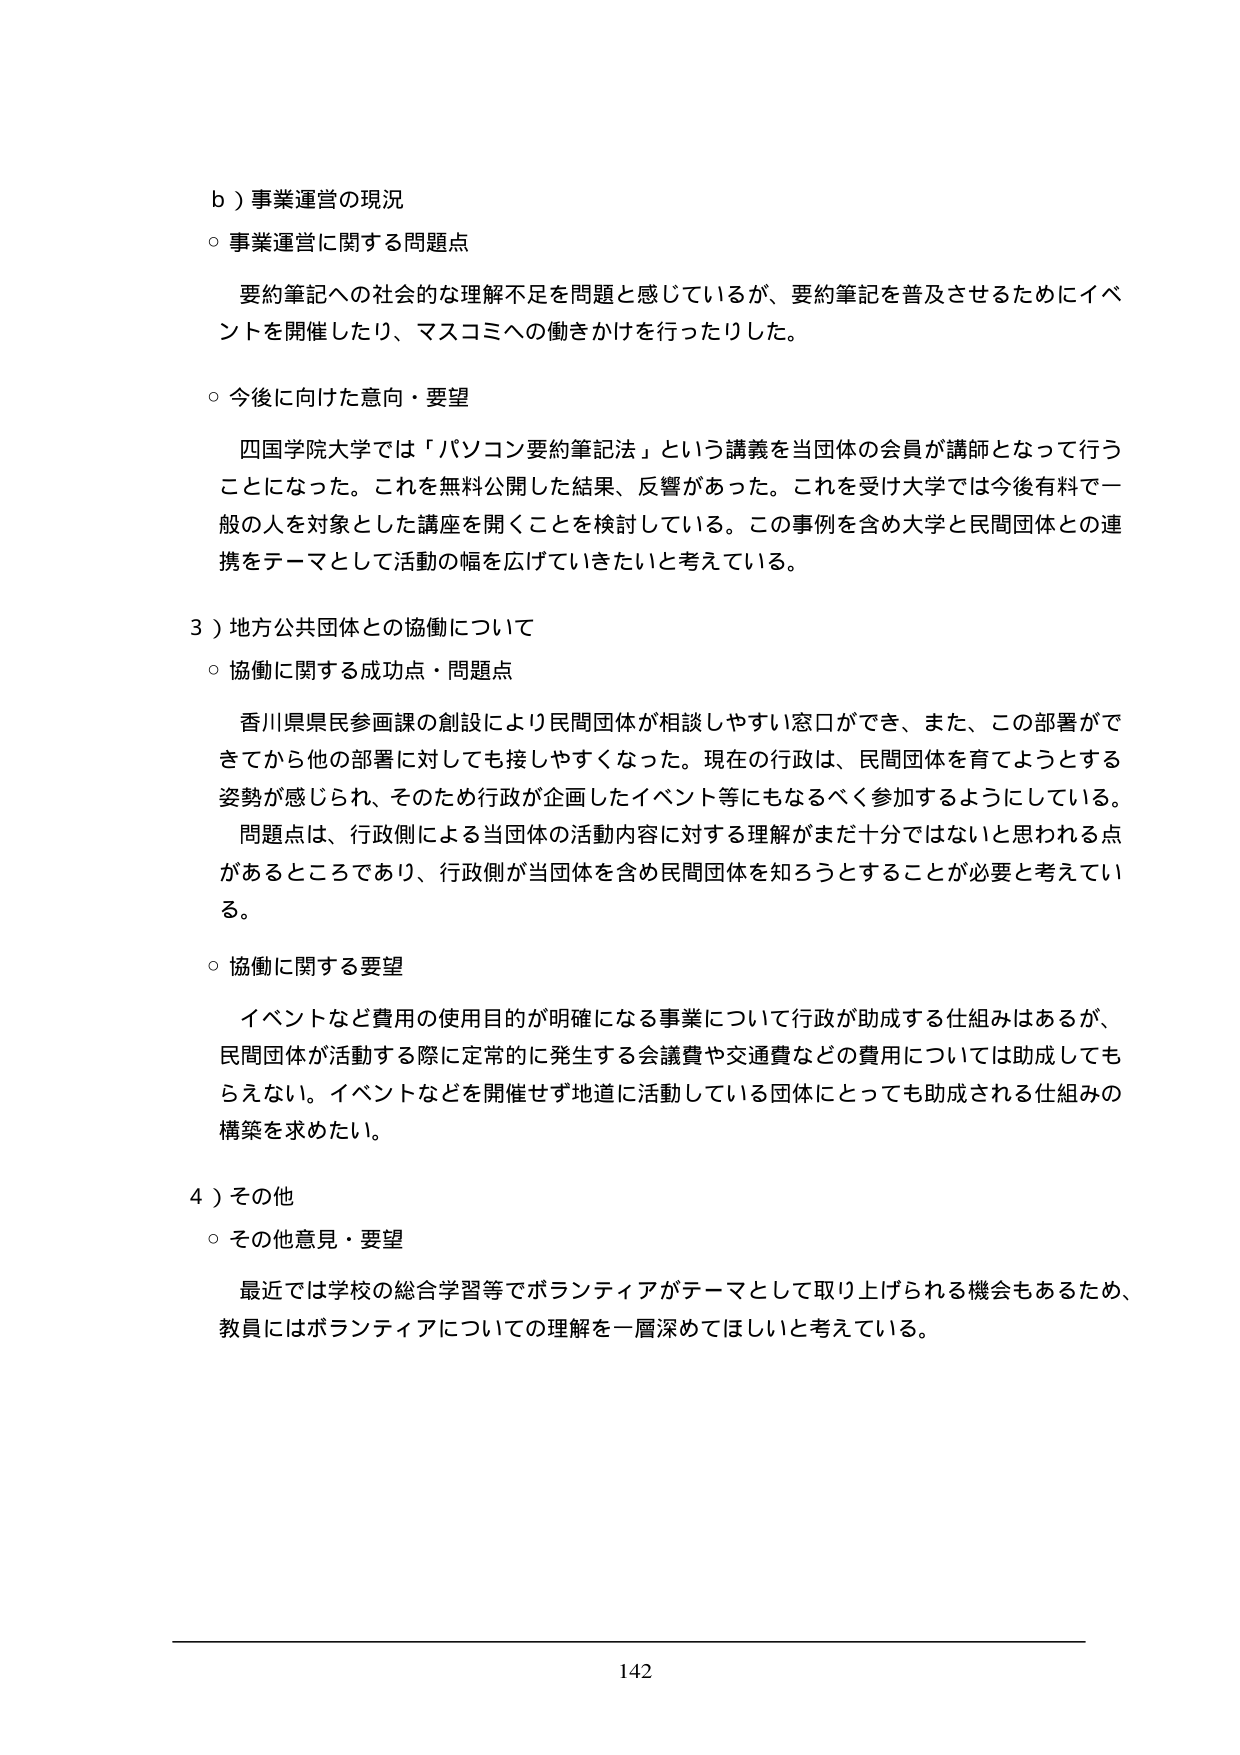
b）事業運営の現況
○ 事業運営に関する問題点
　要約筆記への社会的な理解不足を問題と感じているが、要約筆記を普及させるためにイベントを開催したり、マスコミへの働きかけを行ったりした。

○ 今後向けた意向・要望
　四国学院大学では「パソコン要約筆記法」という講義を当団体の会員が講師となって行うことになった。これを無料公開した結果、反響があった。これを受け大学では今後有料で一般の人を対象とした講座を開くことを検討している。この事例を含め大学と民間団体との連携をテーマとして活動の幅を広げていきたいと考えている。

3）地方公共団体との協働について
○ 協働に関する成功点・問題点
　香川県県民参画課の創設により民間団体が相談しやすい窓口ができ、また、この部署ができてから他の部署に対しても接しやすくなった。現在の行政は、民間団体を育てようとする姿勢が感じられ、そのため行政が企画したイベント等にもなるべく参加するようにしている。
　問題点は、行政側による当団体の活動内容に対する理解がまだ十分ではないと思われる点があるところであり、行政側が当団体を含め民間団体を知ろうとすることが必要と考えている。

○ 協働に関する要望
　イベントなど費用の使用目的が明確になる事業について行政が助成する仕組みはあるが、民間団体が活動する際に定常的に発生する会議費や交通費などの費用については助成してもらえない。イベントなどを開催せず地道に活動している団体にとっても助成される仕組みの構築を求めたい。

4）その他
○ その他意見・要望
　最近では学校の総合学習等でボランティアがテーマとして取り上げられる機会もあるため、教員にはボランティアについての理解を一層深めてほしいと考えている。

142